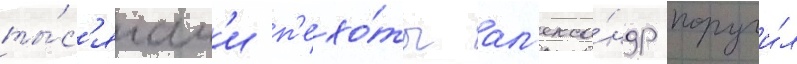
ты́с'ячам'и п'ехо́ты ал'екса́ндр поручи́л